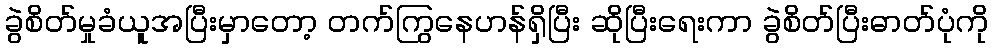
ခွဲစိတ်မှုခံယူအပြီးမှာတော့ တက်ကြွနေဟန်ရှိပြီး ဆိုပြီးရေးကာ ခွဲစိတ်ပြီးဓာတ်ပုံကို